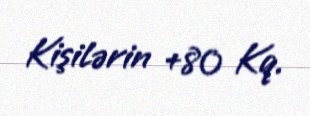
Kişilərin +80 Kq.